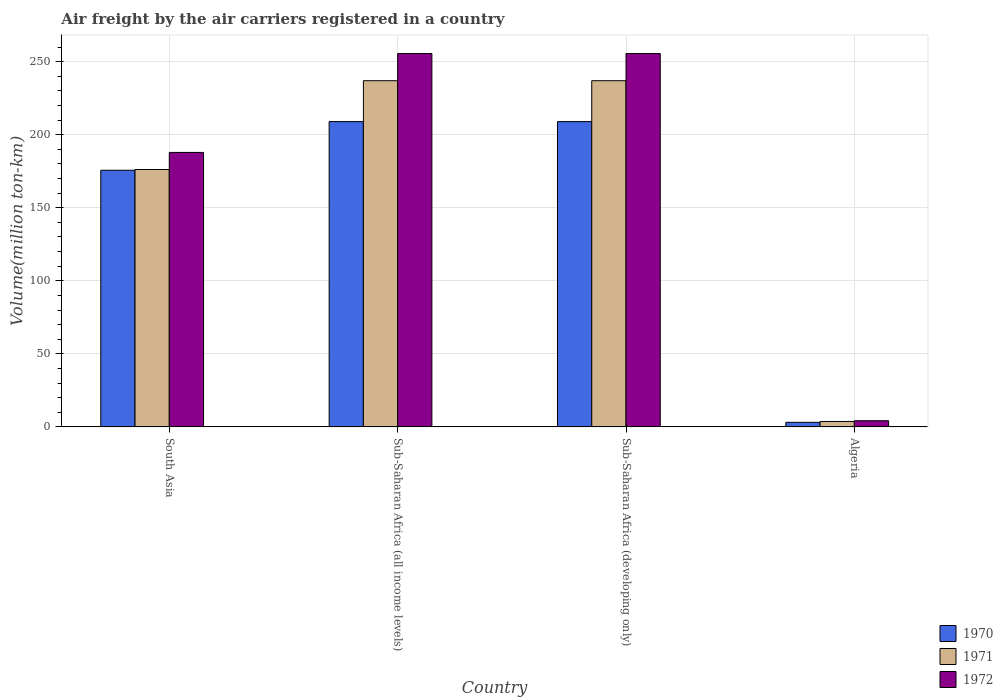
| Country | 1970 | 1971 | 1972 |
 | --- | --- | --- | --- |
 | South Asia | 176 | 176 | 188 |
 | Sub-Saharan Africa (all income levels) | 209 | 237 | 256 |
 | Sub-Saharan Africa (developing only) | 209 | 237 | 256 |
 | Algeria | 3.1 | 3.7 | 4.2 |